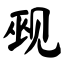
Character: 觋